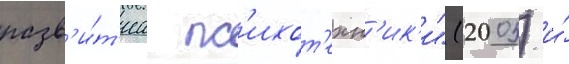
разв'и́т'иа пс'ихот'ехн'ик'и" (2005) и́